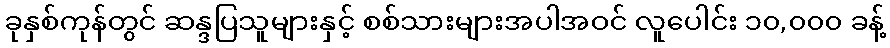
ခုနှစ်ကုန်တွင် ဆန္ဒပြသူများနှင့် စစ်သားများအပါအဝင် လူပေါင်း ၁၀,၀၀၀ ခန့်